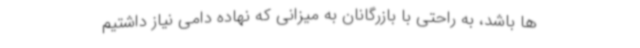
ها باشد، به راحتی با بازرگانان به میزانی که نهاده دامی نیاز داشتیم